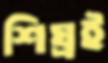
শিঘ্রই